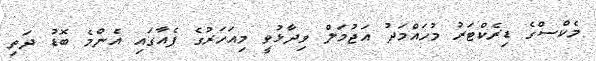
މެކްސްގެ ޑިރެކްޓަރު މުހައްމަދު އަޖުމަލް ވިދާޅުވީ މިއަހަރުގެ ފެއާގައި އެންމެ ބޮޑު ދަތި